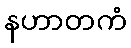
နဟာတကံ